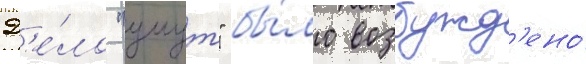
Д'е́ло "умут" бы́ло возбужд'ено́